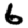
Digit: 6